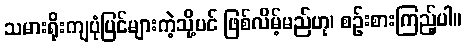
သမားရိုးကျပုံပြင်များကဲ့သို့ပင် ဖြစ်လိမ့်မည်ဟု၊ စဉ်းစားကြည့်ပါ။